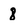
Character: 8